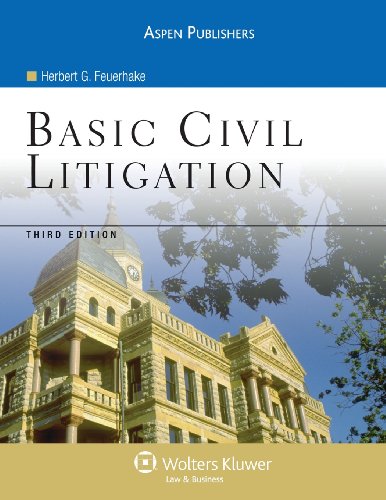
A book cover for Basic Civil Litigation 3e; Herbert G. Feuerhake; Law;